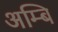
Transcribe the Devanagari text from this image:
अम्बि